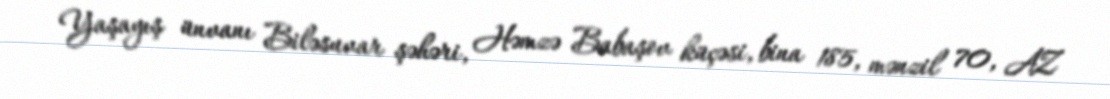
Yaşayış ünvanı Biləsuvar şəhəri, Həmzə Babaşov küçəsi, bina 185, mənzil 70, AZ